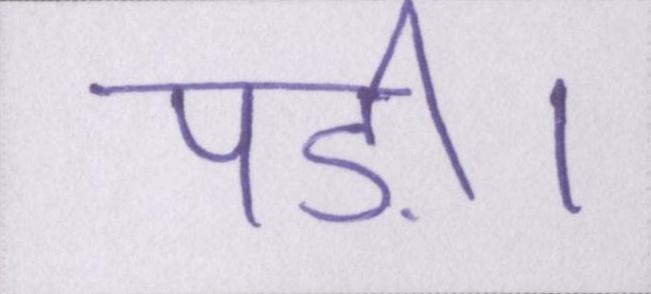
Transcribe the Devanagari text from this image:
पड़ी।